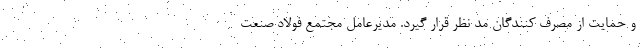
و حمايت از مصرف كنندگان مد نظر قرار گیرد. مديرعامل مجتمع فولاد صنعت